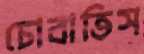
চোবাতিস